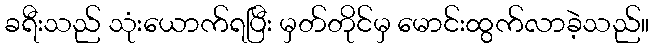
ခရီးသည် သုံးယောက်ရပြီး မှတ်တိုင်မှ မောင်းထွက်လာခဲ့သည်။